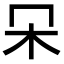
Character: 𣎻